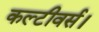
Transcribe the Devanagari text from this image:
कल्टीवर्स।